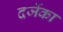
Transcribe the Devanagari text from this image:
दर्जेका